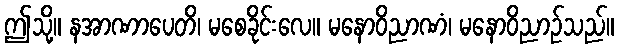
ဤသို့။ နအာဏာပေတိ၊ မစေခိုင်းလေ။ မနောဝိညာဏံ၊ မနောဝိညာဉ်သည်။